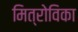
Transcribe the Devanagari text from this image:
मित्रोविका